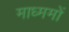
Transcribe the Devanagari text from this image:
माध्ममों